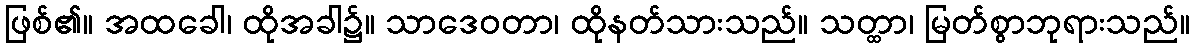
ဖြစ်၏။ အထခေါ၊ ထိုအခါ၌။ သာဒေဝတာ၊ ထိုနတ်သားသည်။ သတ္ထာ၊ မြတ်စွာဘုရားသည်။